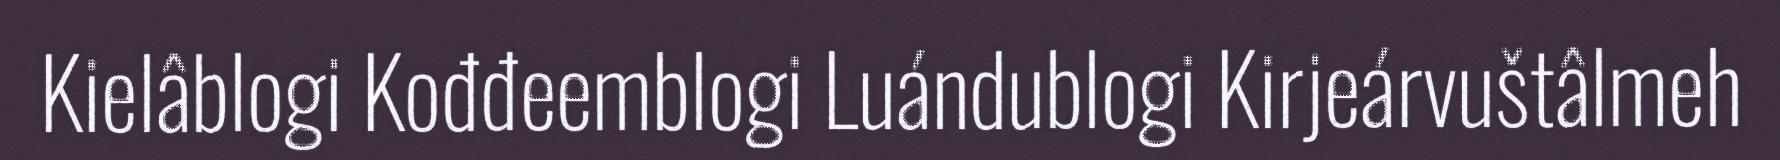
Kielâblogi Kođđeemblogi Luándublogi Kirjeárvuštâlmeh